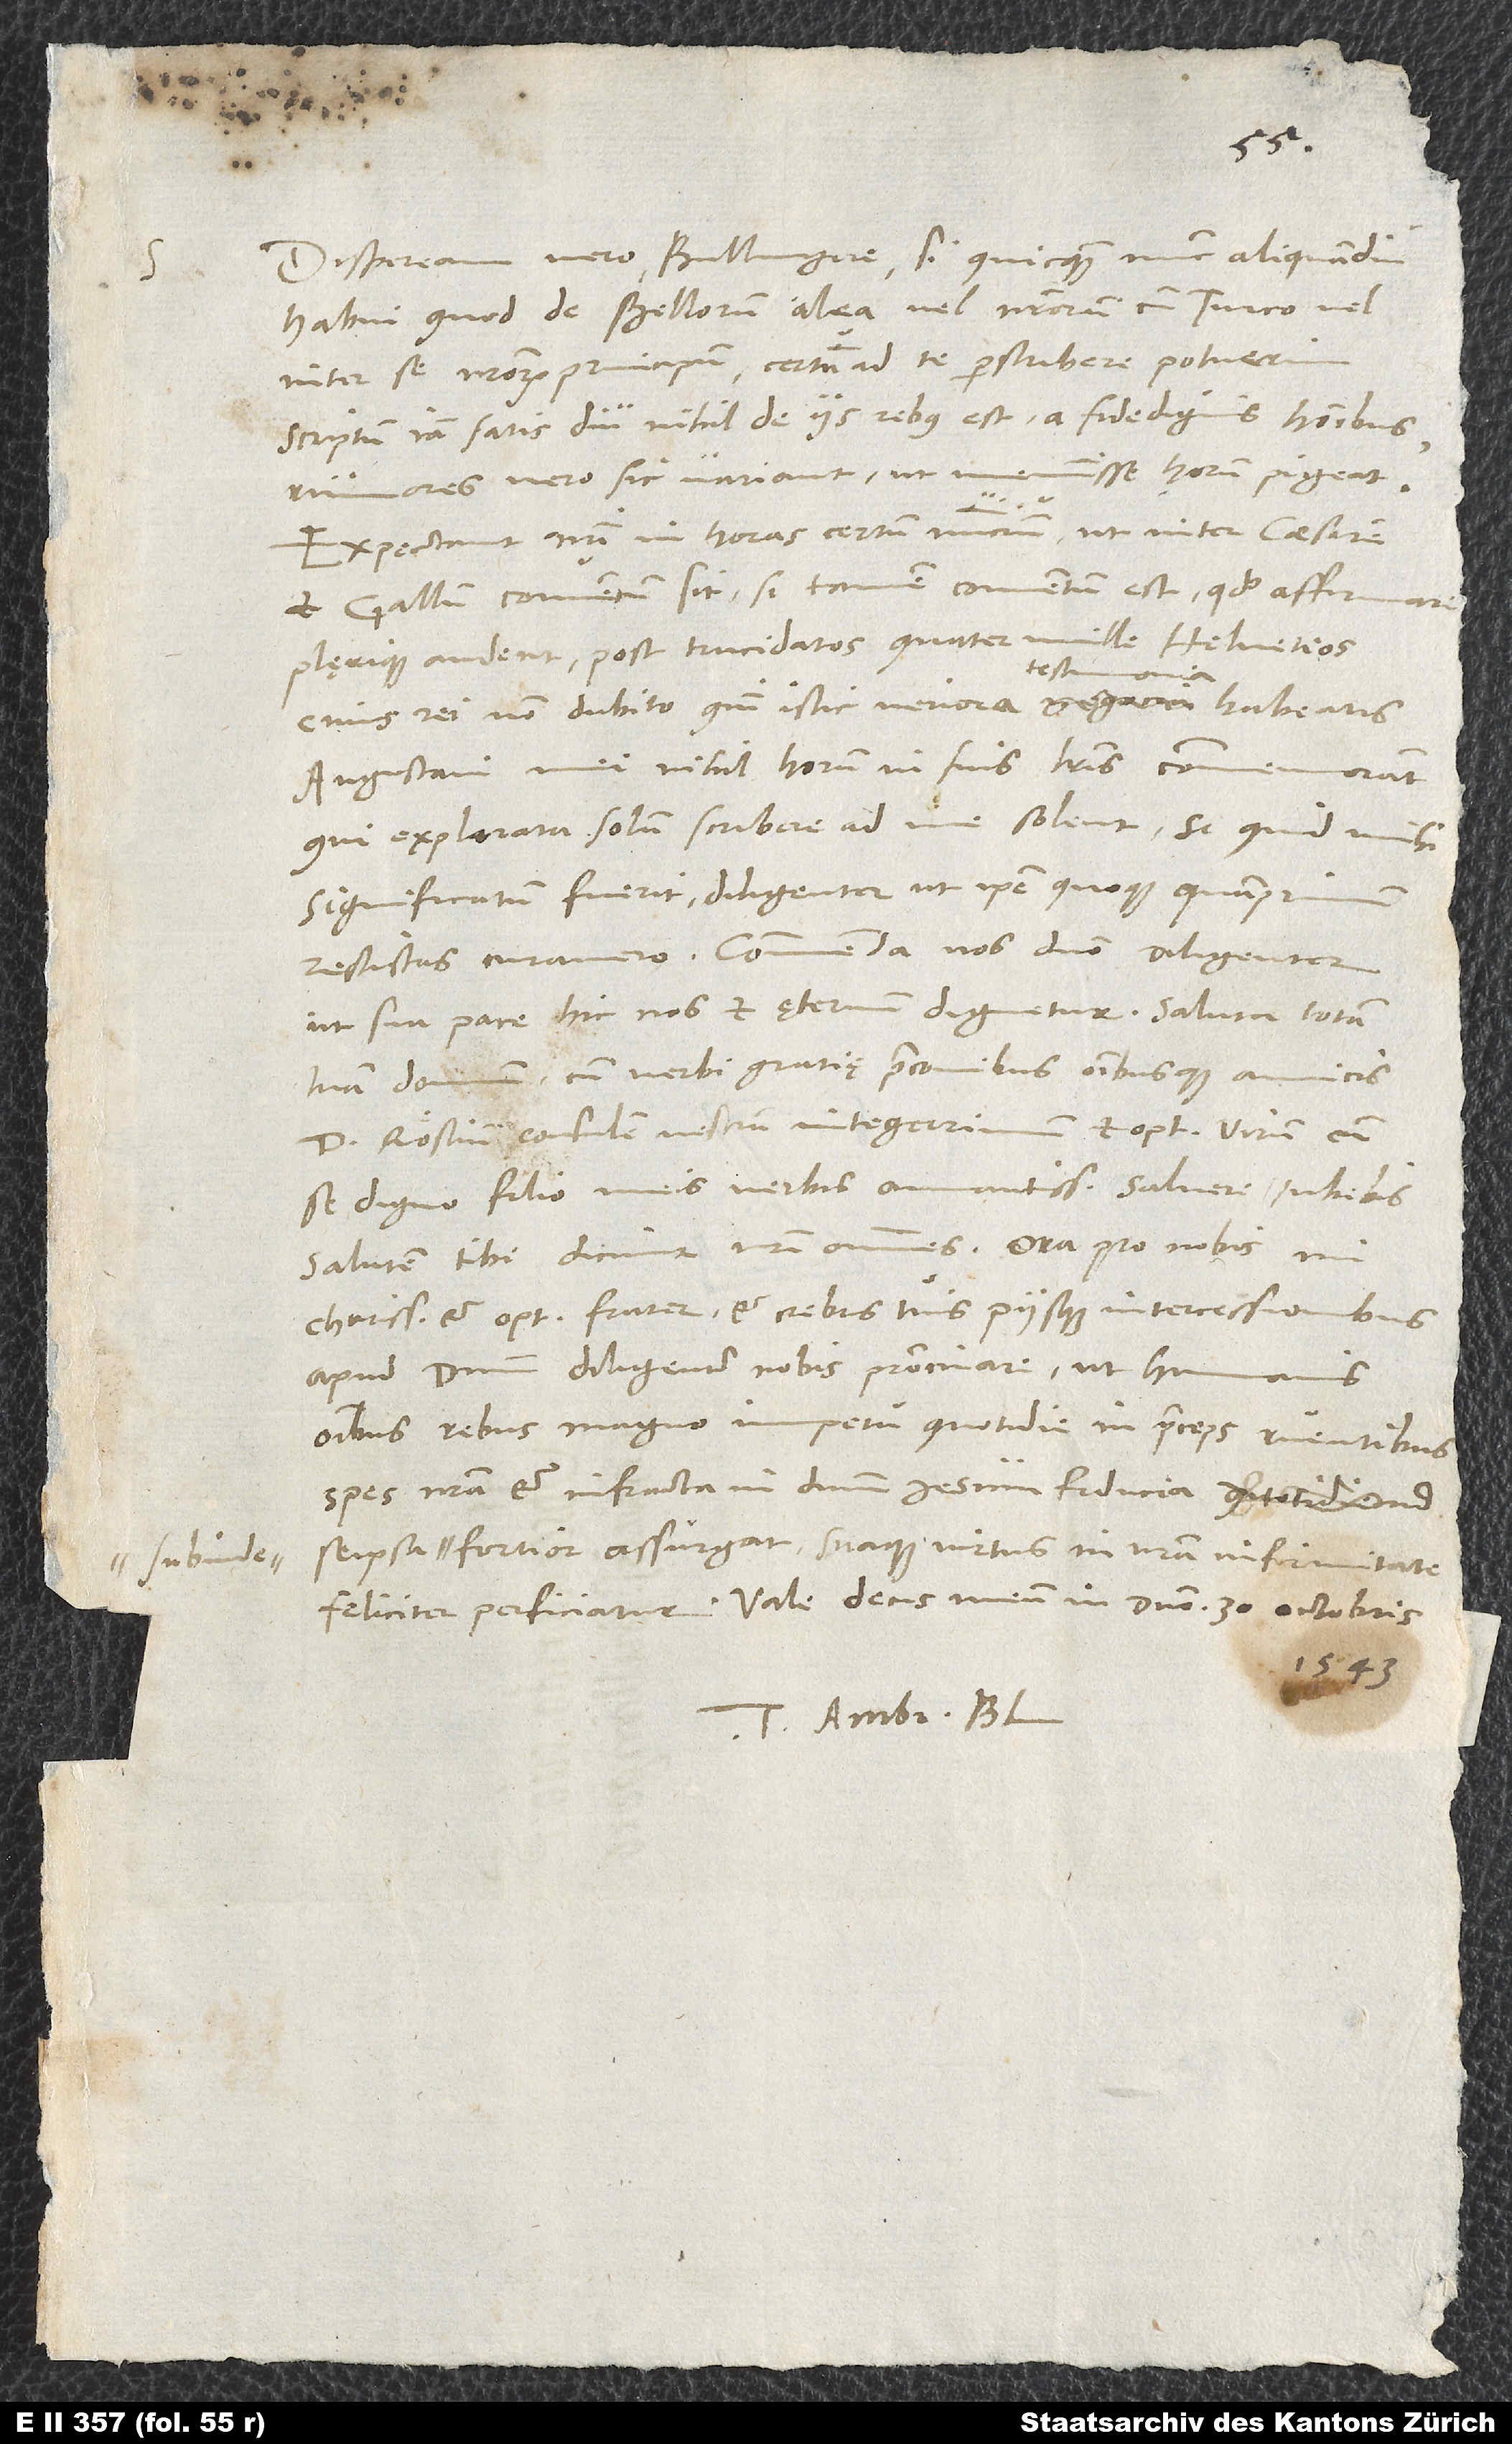
subinde

Dispeream vero, Bullingere, si quicquam nunc aliquamdiu
habui, quod de bellorum alea vel nostrorum cum Turco vel
inter se nostrorum principum certum ad te perscribere potuerim.
Scriptum iam satis diu nihil de iis rebus est a fide dignis hominibus;
rumores vero sic variant, ut meminisse horum pigeat.
Expectant nostri in horas certum nuncium, ut inter caesarem
et Gallum conventum sit, si tamen conventum est, quod affirmare
plęrique audent post trucidatos quater mille Helvetios,
cuius rei non dubito, quin istic veriora testimonia habeatis.
Augustani mei nihil horum in suis literis commemorant,
qui explorata solum scribere ad me solent; si quid mihi
significatum fuerit, diligenter, ut ipse quoque quamprimum
ut sua pace hic nos et ęternum dignetur. Saluta totam
tuam domum cum verbi gratię praeconibus omnibusque amicis.
Röstium, consulem vestrum, integerrimum et optimum virum, cum
se digno filio meis verbis amantissime salvere iubebis.
Salutem tibi dicunt nostri omnes. Ora pro nobis, mi
charissime et optime frater, et crebris tuis piisque intercessionibus
apud dominum diligenter nobis patrocinare, ut humanis
omnibus rebus magno impetu quotidie in praeceps ruentibus
spes nostra et infracta in dominum Iesum fiducia se ipsa
fortior assurgat suaque virtus in nostra infirmitate
feliciter perficiatur. Vale, decus meum, in domino. 30. octobris
1543.
Tuus Ambr. Bl.